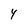
Character: 4